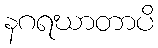
နဂရဃာတာပိ